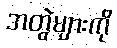
အတွဲများကို